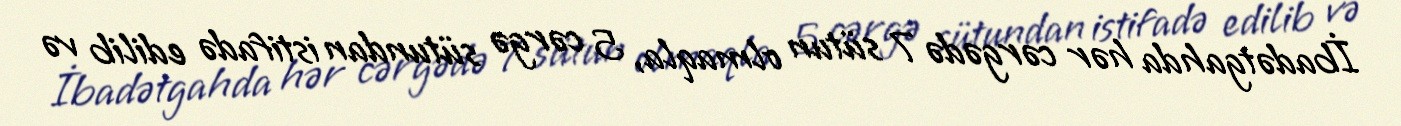
İbadətgahda hər cərgədə 7 sütun olmaqla, 5 cərgə sütundan istifadə edilib və